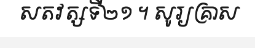
សតវត្សទី២១ ។ សូរ្យគ្រាស